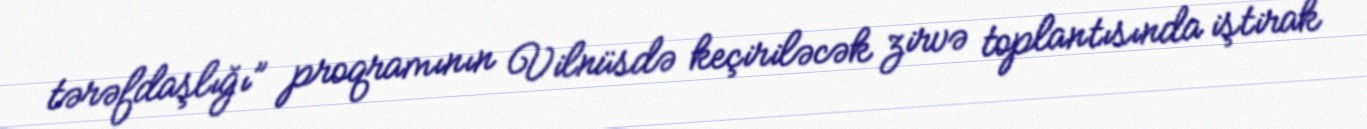
tərəfdaşlığı” proqramının Vilnüsdə keçiriləcək zirvə toplantısında iştirak